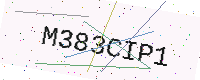
Text: M383CIP1